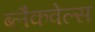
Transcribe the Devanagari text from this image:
ब्‍लैकवेल्‍स